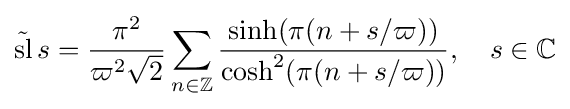
{\tilde {\operatorname {sl} }}\,s={\frac {\pi ^{2}}{\varpi ^{2}{\sqrt {2}}}}\sum _{n\in \mathbb {Z} }{\frac {\sinh(\pi (n+s/\varpi ))}{\cosh ^{2}(\pi (n+s/\varpi ))}},\quad s\in \mathbb {C}